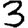
Digit: 3